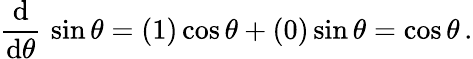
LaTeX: {\frac{\operatorname{d}}{\operatorname{d}\! \theta}}\, \sin\theta=(1)\cos\theta+(0)\sin\theta=\cos\theta\, .